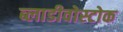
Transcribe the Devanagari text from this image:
ब्लाडीवोस्टोक